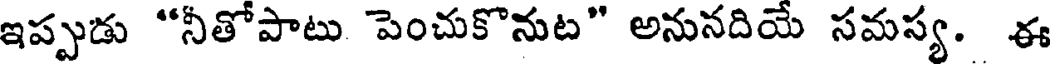
ఇప్పుడు "నీతోపాటు పెంచుకొనుట" అనునదియే సమస్య. ఈ